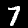
Digit: 7